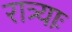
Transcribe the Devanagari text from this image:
रात्र्याः